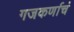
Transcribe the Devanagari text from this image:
गजकर्णाचं